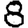
Digit: 8